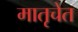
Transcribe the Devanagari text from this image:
मातृचेत